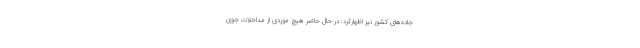
جاده‌های کشور نیز اظهارکرد:‌ در حال حاضر هیچ موردی از مداخلات جوی